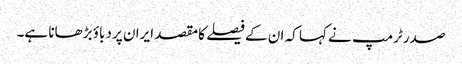
صدر ٹرمپ نے کہا کہ ان کے فیصلے کا مقصد ایران پر دباؤ بڑھانا ہے۔